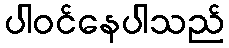
ပါဝင်နေပါသည်